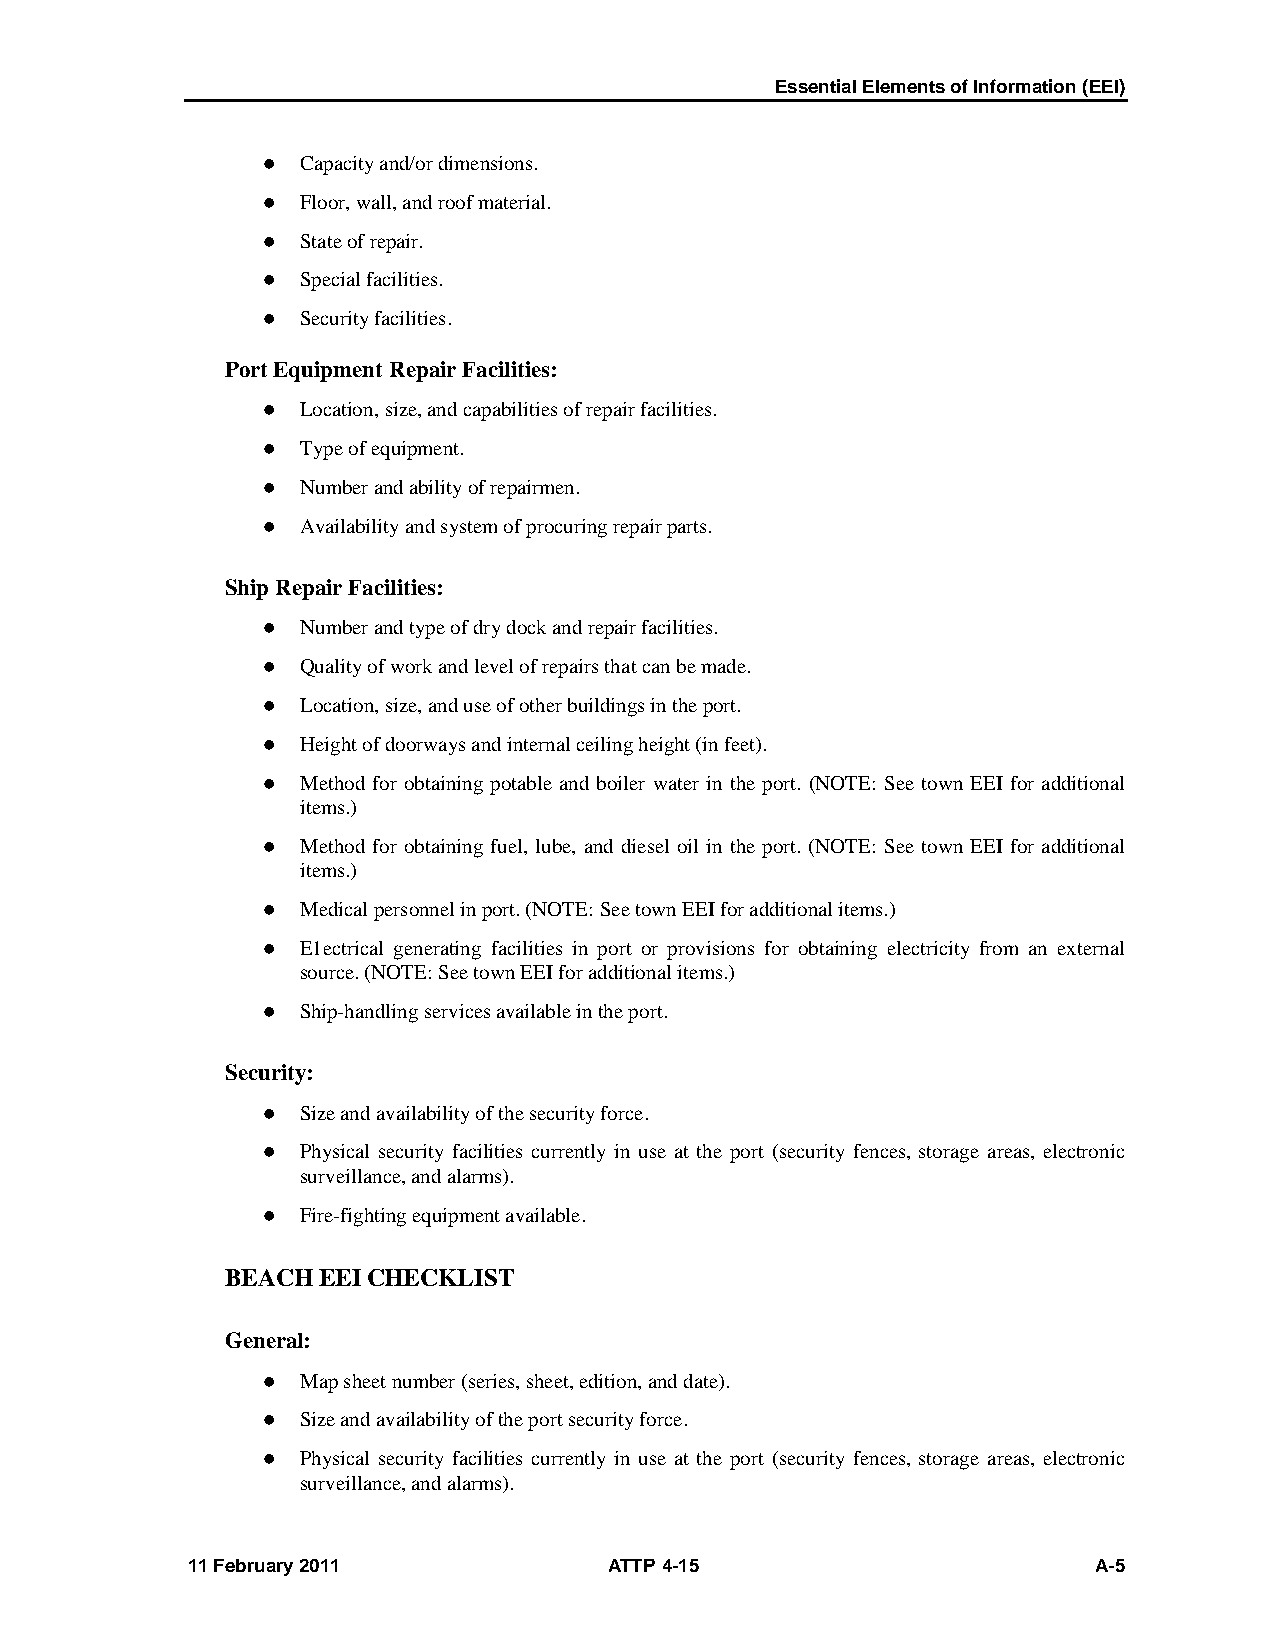
Essential Elements of Information (EEI)
   Capacity and/or dimensions.
   Floor, wall, and roof material.
   State of repair.
   Special facilities.
   Security facilities.
 Port Equipment Repair Facilities:
   Location, size, and capabilities of repair facilities.
   Type of equipment.
   Number and ability of repairmen.
   Availability and system of procuring repair parts.
 Ship Repair Facilities:
   Number and type of dry dock and repair facilities.
   Quality of work and level of repairs that can be made.
   Location, size, and use of other buildings in the port.
   Height of doorways and internal ceiling height (in feet).
   Method for obtaining potable and boiler water in the port. (NOTE: See town EEI for additional
 items.)
   Method for obtaining fuel, lube, and diesel oil in the port. (NOTE: See town EEI for additional
 items.)
   Medical personnel in port. (NOTE: See town EEI for additional items.)
   E1ectrical generating facilities in port or provisions for obtaining electricity from an external
 source. (NOTE: See town EEI for additional items.)
   Ship-handling services available in the port.
 Security:
   Size and availability of the security force.
   Physical security facilities currently in use at the port (security fences, storage areas, electronic
 surveillance, and alarms).
   Fire-fighting equipment available.
 BEACH EEI CHECKLIST
 General:
   Map sheet number (series, sheet, edition, and date).
   Size and availability of the port security force.
   Physical security facilities currently in use at the port (security fences, storage areas, electronic
 surveillance, and alarms).
 11 February 2011            ATTP 4-15                        A-5